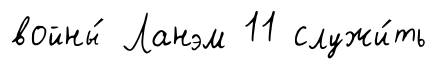
войны́ Ланэм 11 служи́ть